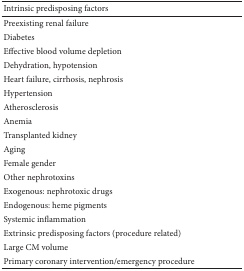
<table><thead><tr><td><b>Intrinsic predisposing factors </b></td><td><b> </b></td></tr></thead><tbody><tr><td>Preexisting renal failure</td><td> </td></tr><tr><td>Diabetes</td><td> </td></tr><tr><td>Effective blood volume depletion</td><td> </td></tr><tr><td>Dehydration, hypotension</td><td> </td></tr><tr><td>Heart failure, cirrhosis, nephrosis</td><td> </td></tr><tr><td>Hypertension</td><td> </td></tr><tr><td>Atherosclerosis</td><td> </td></tr><tr><td>Anemia</td><td> </td></tr><tr><td>Transplanted kidney</td><td> </td></tr><tr><td>Aging</td><td> </td></tr><tr><td>Female gender</td><td> </td></tr><tr><td>Other nephrotoxins</td><td> </td></tr><tr><td>Exogenous: nephrotoxic drugs</td><td> </td></tr><tr><td>Endogenous: heme pigments</td><td> </td></tr><tr><td>Systemic inflammation</td><td> </td></tr><tr><td>Extrinsic predisposing factors (procedure related)</td><td> </td></tr><tr><td>Large CM volume</td><td> </td></tr><tr><td>Primary coronary intervention/emergency procedure</td><td> </td></tr></tbody></table>